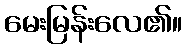
မေးမြန်းလေ၏။